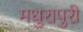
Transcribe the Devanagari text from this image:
मधुरापुरी